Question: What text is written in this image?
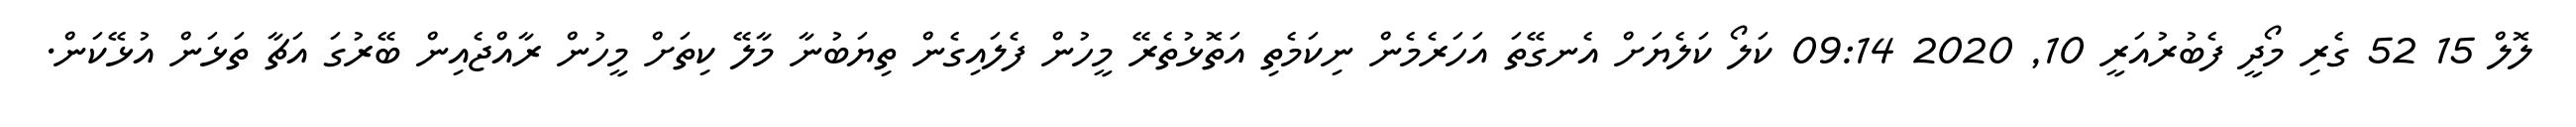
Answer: ލޮލް 15 52 ގެރި މޯދީ ފެބުރުއަރީ 10, 2020 09:14 ކަލޯ ކަލެޔަށް އެނގޭތަ އަހަރެމެން ނިކަމެތި އަތޮޅުތެރޭ މީހުން ފެލައިގެން ތިޔަބުނާ މާލޭ ކިތަށް މީހުން ރާއްޖެއިން ބޭރުގަ އަޗާ ތަޅަން އުޅޭކަން.